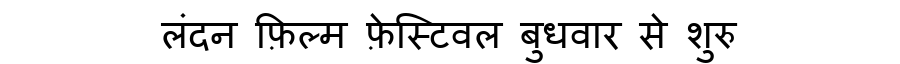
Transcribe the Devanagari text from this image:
लंदन फ़िल्म फ़ेस्टिवल बुधवार से शुरु